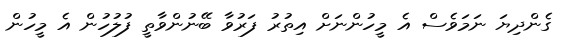
ގެންދިޔަ ނަމަވެސް އެ މީހުންނަށް އިތުރު ފަރުވާ ބޭނުންވާތީ ފުލުހުން އެ މީހުން